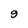
Character: 9